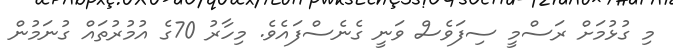
މި ގުޅުމަށް ރަސްމީ ސިފަވެސް ވަނީ ގެނެސްފައެވެ. މިހާރު 70ގެ އުމުރުތައް ގުނަމުން